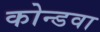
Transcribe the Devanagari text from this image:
कोन्डवा